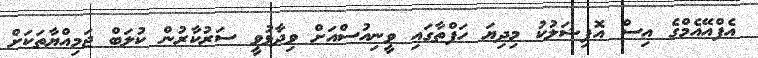
އެފްއޭއެމްގެ އިސް އޮފިޝަލުކު މިދިޔަ ހަފްތާގައި ވީނިއުސްއަށް ވިދާޅުވީ ސަރުކާރުން ކުލަބް ޖަމިއްޔާތަކަށް